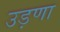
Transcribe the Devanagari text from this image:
उड़णा